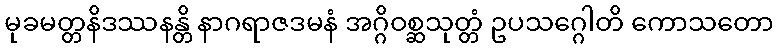
မုခမတ္တနိဒဿနန္တိ နာဂရာဇဒမနံ အဂ္ဂိဝစ္ဆသုတ္တံ ဥပသဂ္ဂေါတိ ကောသတော